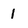
Character: 1